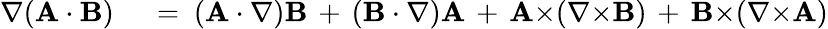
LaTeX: \begin{array}{rl}{\nabla(\mathbf{A}\cdot\mathbf{B})}&{{}\ =\ (\mathbf{A}\cdot\nabla)\mathbf{B}\, +\, (\mathbf{B}\cdot\nabla)\mathbf{A}\, +\, \mathbf{A}{\times}(\nabla{\times}\mathbf{B})\, +\, \mathbf{B}{\times}(\nabla{\times}\mathbf{A})}\end{array}